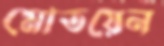
মোতয়েন